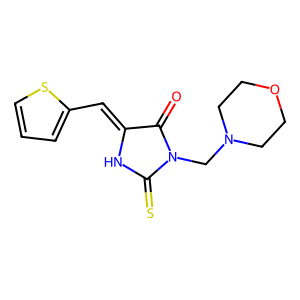
SMILES: O=C1C(=Cc2cccs2)NC(=S)N1CN1CCOCC1
Inhibits HIV replication: No